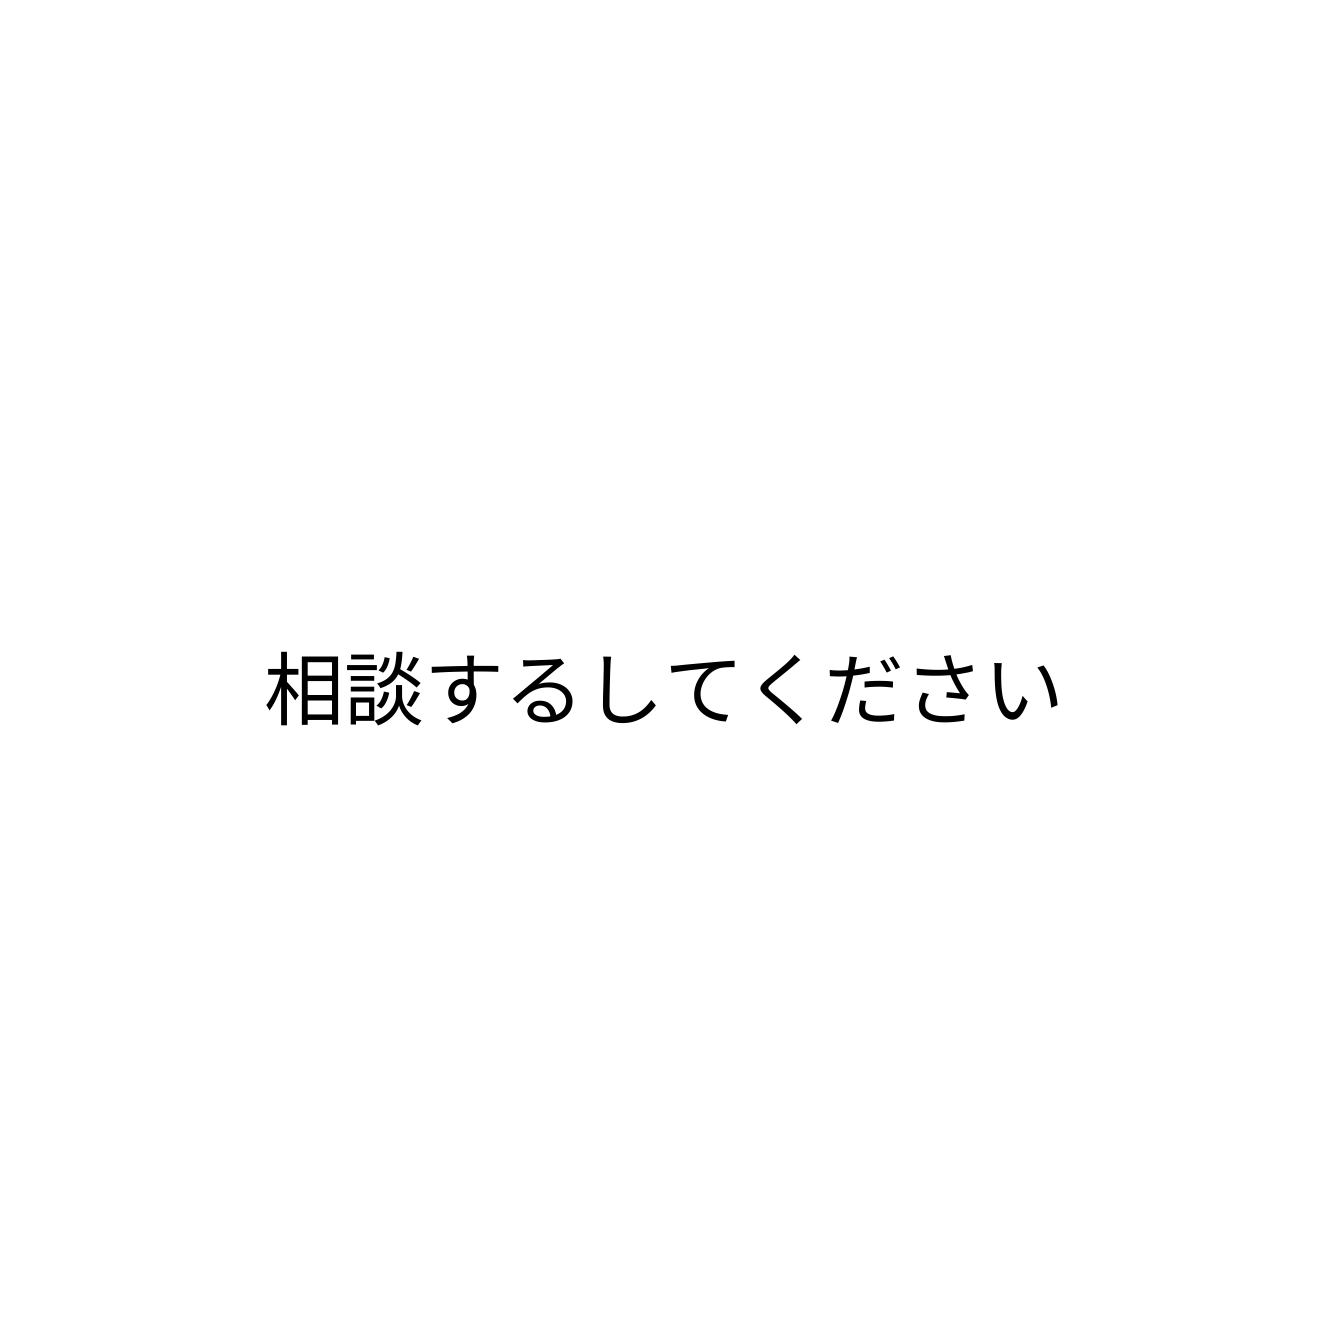
相談するしてください